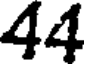
44